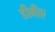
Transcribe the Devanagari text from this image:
डीबीए